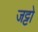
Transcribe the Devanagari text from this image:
जट्टो